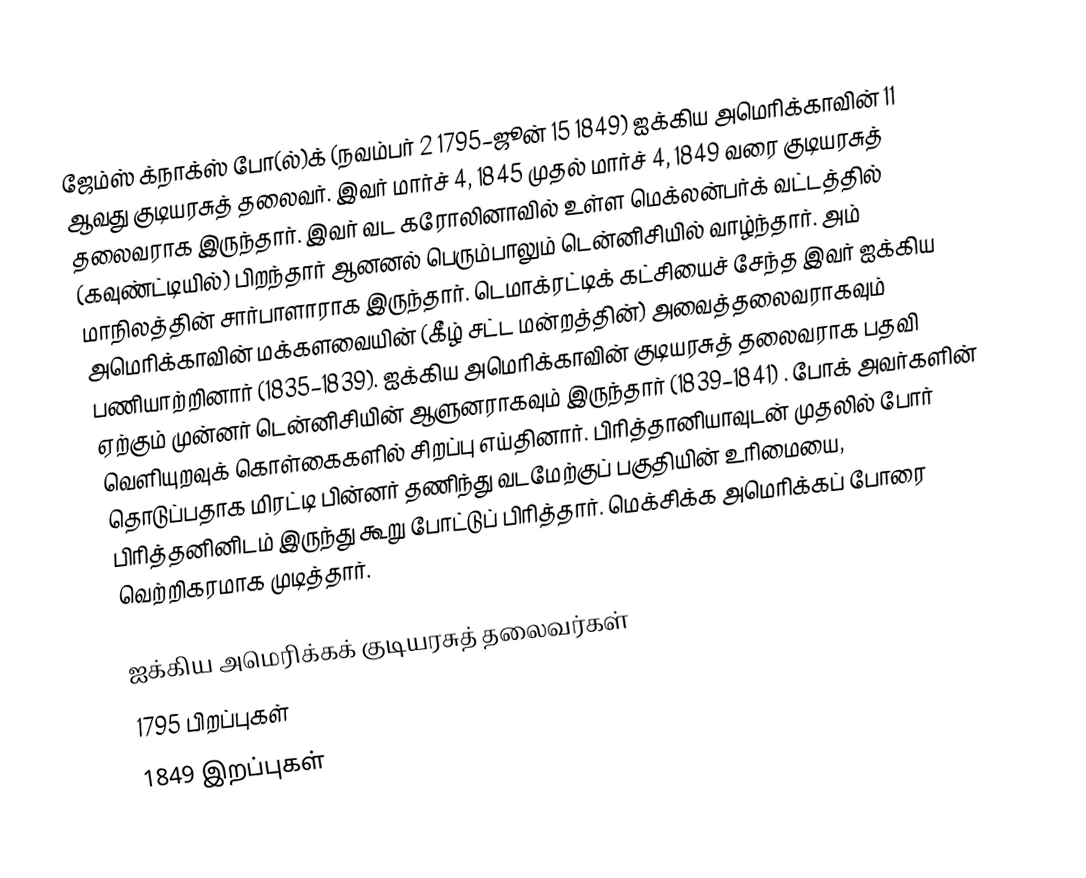
ஜேம்ஸ் க்நாக்ஸ் போ(ல்)க் (நவம்பர் 2 1795–ஜூன் 15 1849) ஐக்கிய அமெரிக்காவின் 11 ஆவது குடியரசுத் தலைவர். இவர் மார்ச் 4, 1845 முதல்  மார்ச் 4, 1849 வரை குடியரசுத் தலைவராக இருந்தார். இவர் வட கரோலினாவில் உள்ள மெக்லன்பர்க் வட்டத்தில் (கவுண்ட்டியில்) பிறந்தார் ஆனனல் பெரும்பாலும் டென்னிசியில் வாழ்ந்தார். அம் மாநிலத்தின் சார்பாளாராக இருந்தார். டெமாக்ரட்டிக் கட்சியைச் சேந்த இவர் ஐக்கிய அமெரிக்காவின் மக்களவையின் (கீழ் சட்ட மன்றத்தின்) அவைத்தலைவராகவும் பணியாற்றினார் (1835–1839). ஐக்கிய அமெரிக்காவின் குடியரசுத் தலைவராக பதவி ஏற்கும் முன்னர் டென்னிசியின் ஆளுனராகவும் இருந்தார் (1839–1841) . போக் அவர்களின் வெளியுறவுக் கொள்கைகளில் சிறப்பு எய்தினார். பிரித்தானியாவுடன் முதலில் போர் தொடுப்பதாக மிரட்டி பின்னர் தணிந்து வடமேற்குப் பகுதியின் உரிமையை, பிரித்தனினிடம் இருந்து கூறு போட்டுப் பிரித்தார். மெக்சிக்க அமெரிக்கப் போரை வெற்றிகரமாக முடித்தார்.

ஐக்கிய அமெரிக்கக் குடியரசுத் தலைவர்கள்
1795 பிறப்புகள்
1849 இறப்புகள்